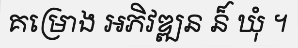
គម្រោង អភិវឌ្ឍន ន៏ ឃុំ ។